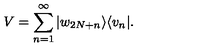
V = \sum _ { n = 1 } ^ { \infty } | w _ { 2 N + n } \rangle \langle v _ { n } | .